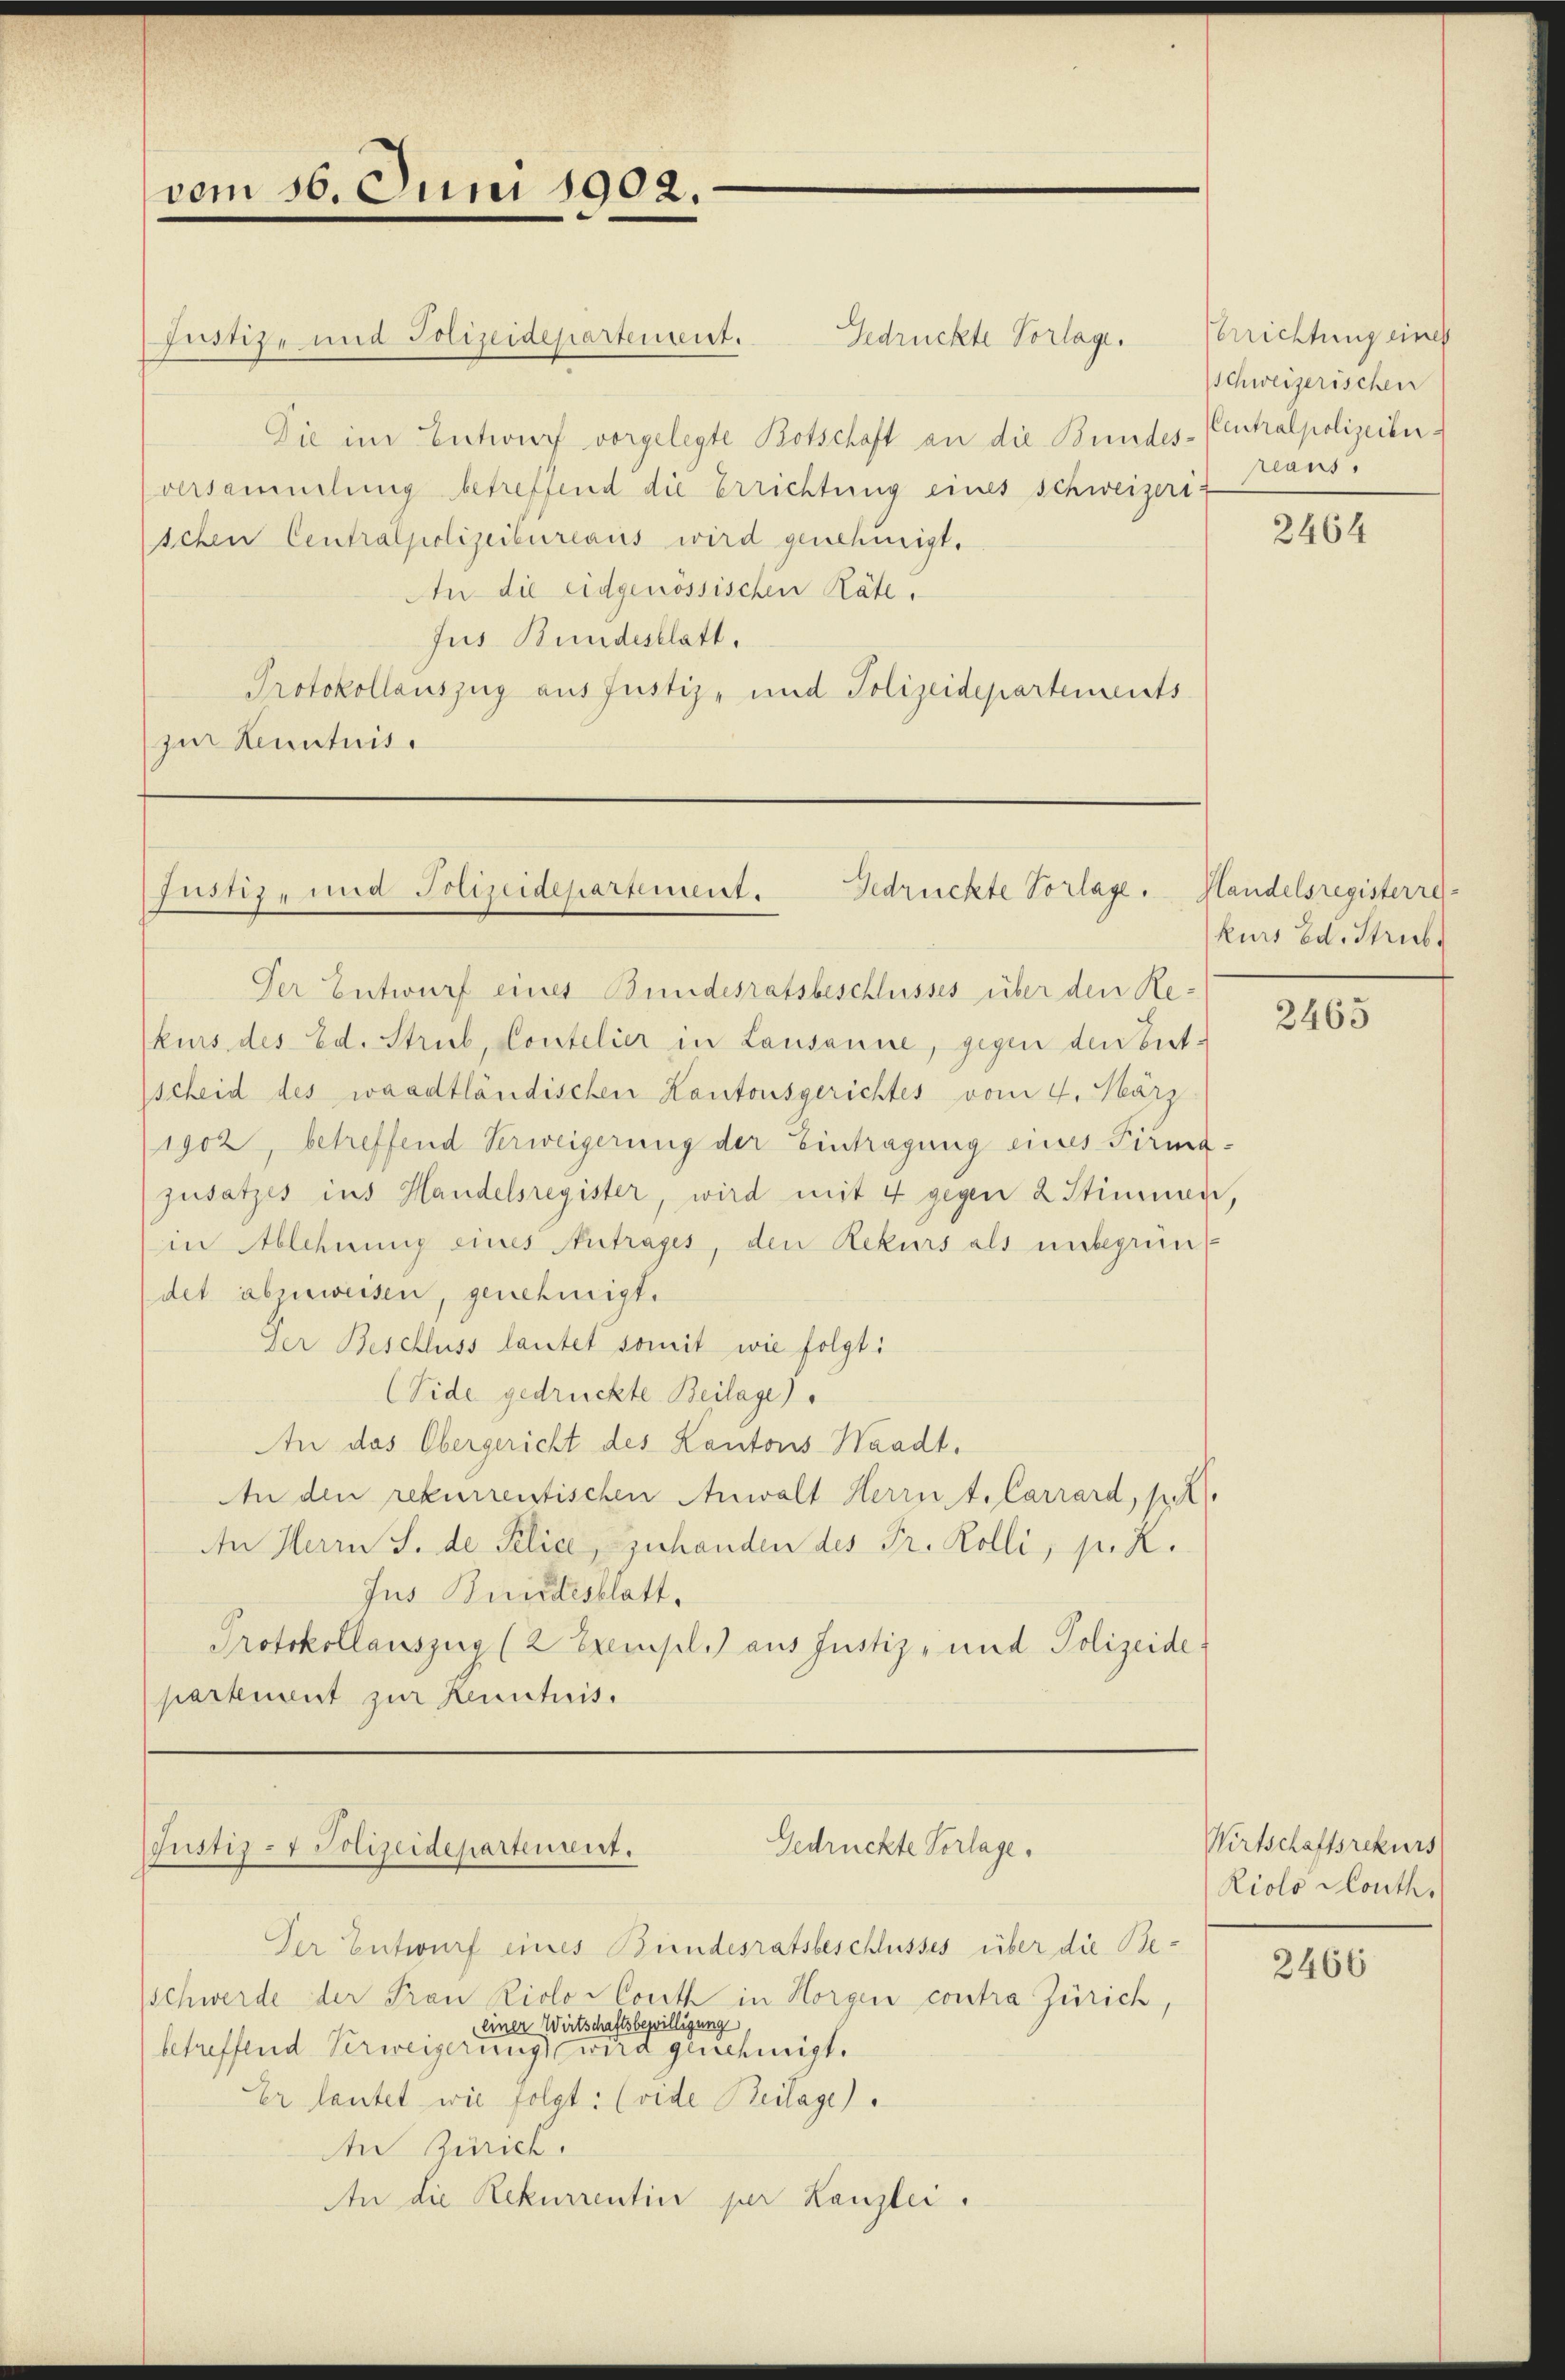
vom 16. Juni 1902.

Gedrückte Vorlage.
Die im Entwurf vorgelegte Botschaft an die Bundes-Centralpolizeiberversammlung betreffend die Errichtung eines Schweizeri-
schen Centralpolizeibureaus wird genehmigt.
An die eidgenössischen Räte.
Jus Bundesblatt.
Protokollauszug aus Justiz- und Polizeidepartements
zur Kenntnis.

Fustiz- und Polizeidepartement.

Justiz, und Polizeidepartemente
Gedrückte Vorlage.

Der Entwurf eines Bundesratsbeschlusses über die Be-
Schwerde der Frau Riolo-Conth in Horgen contra Zürich,
einer Wirtschaftsbewilligung
betreffend Verweigerung wird genehmigt.
Er lautet wie folgt: (vide Beilage).
An Zürich.
An die Rekurrentin per Kanzlei.

Der Entwurf eines Bundesratsbeschlusses über den Rekurs des Ed. Strub, Contelier in Lausanne, gegen den ent-
scheid des waadtländischen Kantonsgerichtes vom 4. März
1902, betreffend Verweigerung der Eintragung eines Firmajusatzes ins Handelsregister, wird mit 4 gegen 2 Stimmen,
in Ablehnung eines Antrages, den Rekurs als unbegründet aberweisen, genehmigt.
Der Beschluss lautet somit wie folgt:
(Eide gedrückte Beilage)
An das Obergericht des Kantons Waadt.
An den rekurrentischen Anwalt Herrn t. Carrard, p. K
An Herrn J. de Selice, zuhanden des Fr. Kolli, p. R.
Jus Bundesblatt.
Protokollauszug (2 Exempl.) aus Justiz- und Polizeide
partement zur Kenntnis.

Gedrückte Vorlage.
Justiz- & Polizeidepartenreit.

Errichtung eines
schweizerischen
reaus.

Handelsregisterre
kurs Ed. Strub.

2464

2465

Wirtschaftsrekurs
Riolo South.

2466